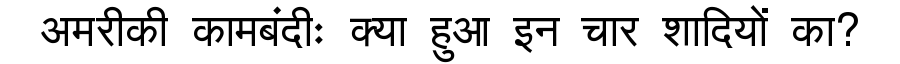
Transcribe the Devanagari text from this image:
अमरीकी कामबंदीः क्या हुआ इन चार शादियों का?